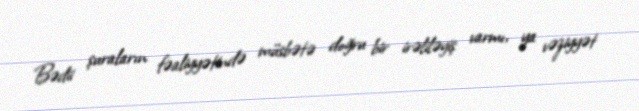
Bədii şuraların fəaliyyətində müsbətə doğru bir irəliləyiş varmı, ya vəziyyət